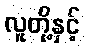
လူတို့နှင့်